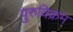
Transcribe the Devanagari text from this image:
पुरुविक्रम